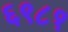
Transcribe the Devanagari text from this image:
६९८१